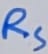
Text: RS